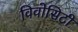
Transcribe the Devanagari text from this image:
विवोसिटी